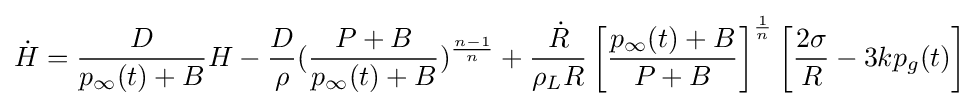
{\dot {H}}={\frac {D}{p_{\infty }(t)+B}}H-{\frac {D}{\rho }}({\frac {P+B}{p_{\infty }(t)+B}})^{\frac {n-1}{n}}+{\frac {\dot {R}}{\rho _{L}R}}\left[{\frac {p_{\infty }(t)+B}{P+B}}\right]^{\frac {1}{n}}\left[{\frac {2\sigma }{R}}-3kp_{g}(t)\right]